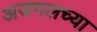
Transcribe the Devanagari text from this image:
अजमलच्या